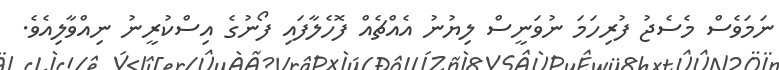
ނަމަވެސް މެސެޖު ފުރިހަމަ ނުވަނީސް ލިޔުނު އެއްޗެއް ފޮހެލާފައި ފޯނުގެ އިސްކުރީނު ނިއްވާލިއެވެ.